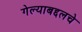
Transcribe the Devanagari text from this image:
गेल्याबद्दलचे